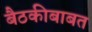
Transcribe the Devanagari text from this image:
बैठकीबाबत